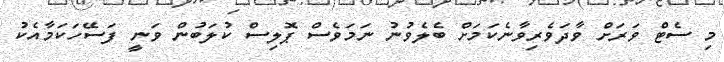
މި ސެޓް ވަރަށް ވާދަވެރިވާނެކަމަށް ބެލެވުނު ނަމަވެސް ޕޮލިސް ކުލަބުން ވަނީ ފަސޭހަކަމާއެކު